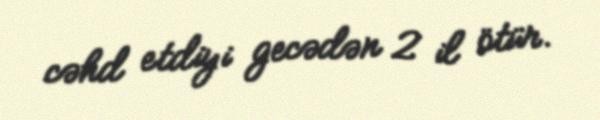
cəhd etdiyi gecədən 2 il ötür.